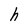
Character: h